Rangoon Lunatic Asylum 1878-1892 - 1878-1892
Year: 1878
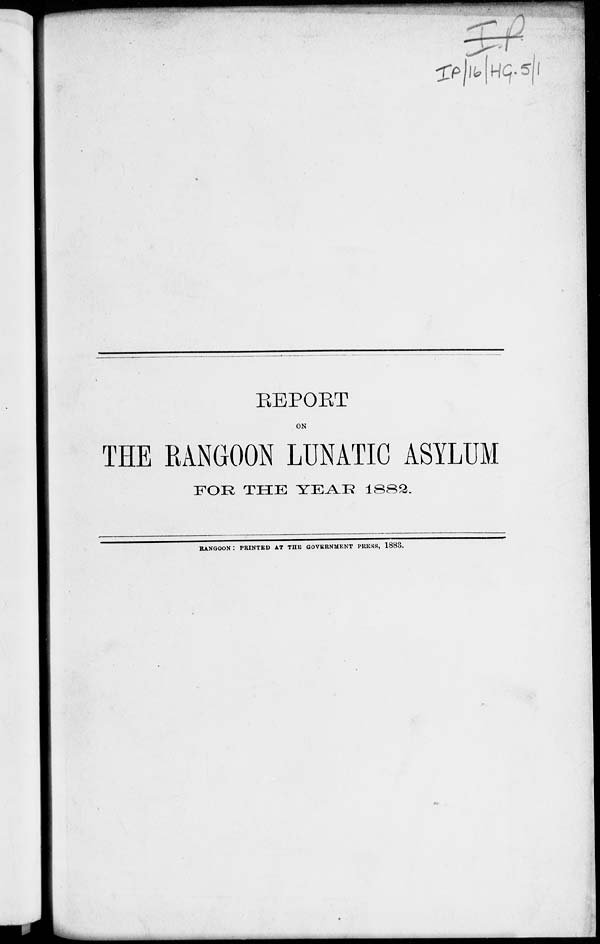
REPORT
ON
THE RANGOON LUNATIC ASYLUM
FOR THE YEAR 1882.
RANGOON : PRINTED AT THE GOVERNMENT PRESS, 1883.